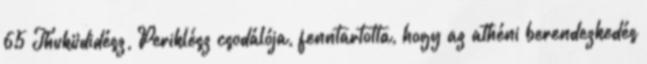
65 Thuküdidész, Periklész csodálója, fenntartotta, hogy az athéni berendezkedés